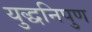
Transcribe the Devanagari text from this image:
युद्धनिपुण